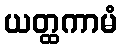
ယတ္ထကာမံ